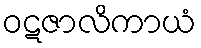
ဝဋဇာလိကာယံ